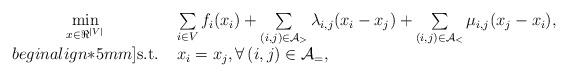
LaTeX: \begin{align*}\begin{array}{cl}\min\limits_{x\in\Re^{|V|}} \; & \sum\limits_{i \in V} f_i(x_i) + \sum\limits_{(i,j) \in {\cal A}_{>}} \lambda_{i,j}(x_i - x_{j}) + \sum\limits_{(i,j) \in {\cal A}_{<}} \mu_{i,j} (x_{j} - x_{i}), \\begin{align*}5mm]{\rm s.t. } \; & x_i = x_j, \forall \, (i,j) \in {\cal A}_{=},\end{array}\end{align*}